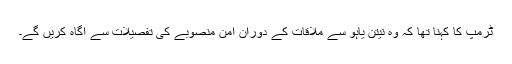
ٹرمپ کا کہنا تھا کہ وہ نیتن یاہو سے ملاقات کے دوران امن منصوبے کی تفصیلات سے آگاہ کریں گے۔